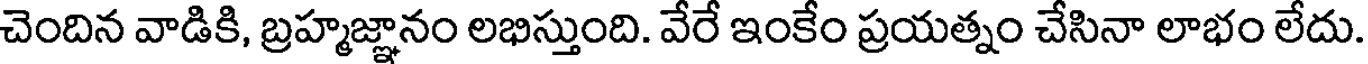
చెందిన వాడికి, బ్రహ్మజ్ఞానం లభిస్తుంది. వేరే ఇంకేం ప్రయత్నం చేసినా లాభం లేదు.